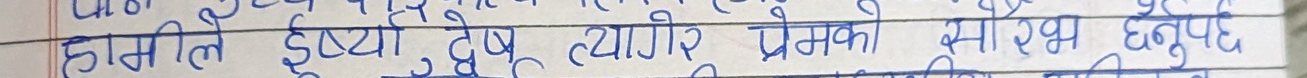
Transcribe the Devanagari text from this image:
हामीले ईर्ष्या द्वेष त्यागरे प्रेमको साथ हुनुपर्दछ